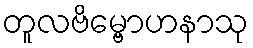
တူလဗိမ္ဗောဟနာသု